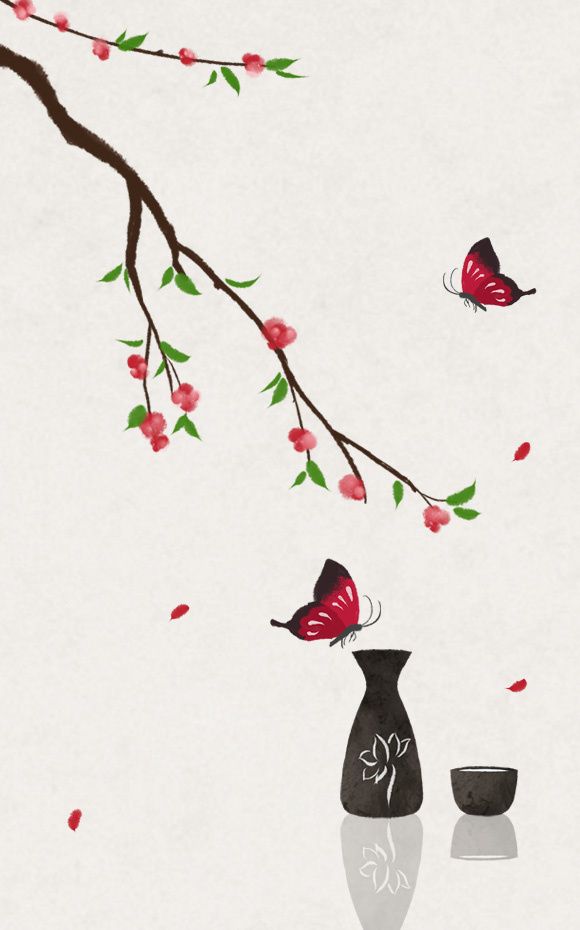
小扇引微凉，悠悠夏日长。